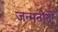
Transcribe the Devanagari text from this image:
जन्मनोंदी